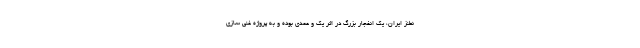
نطنز ایران، یک انفجار بزرگ در اثر یک و عمدی بوده و به پروژه غنی سازی